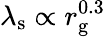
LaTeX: \lambda_{\mathrm{s}}\propto r_{\mathrm{g}}^{0.3}